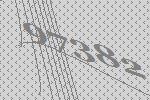
97382